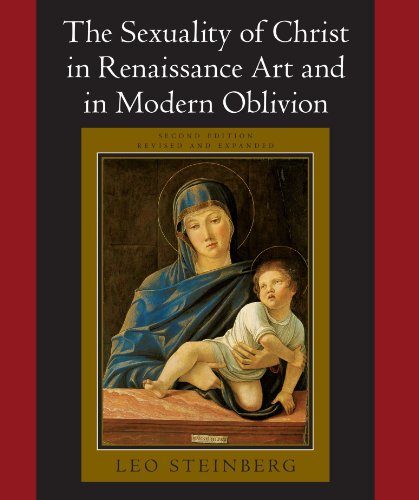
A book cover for The Sexuality of Christ in Renaissance Art and in Modern Oblivion; Leo Steinberg; Arts & Photography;